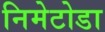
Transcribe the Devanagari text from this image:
निमेटोडा